On a parasite found in persons suffering from enlargement of the spleen in India, second report - Number 11
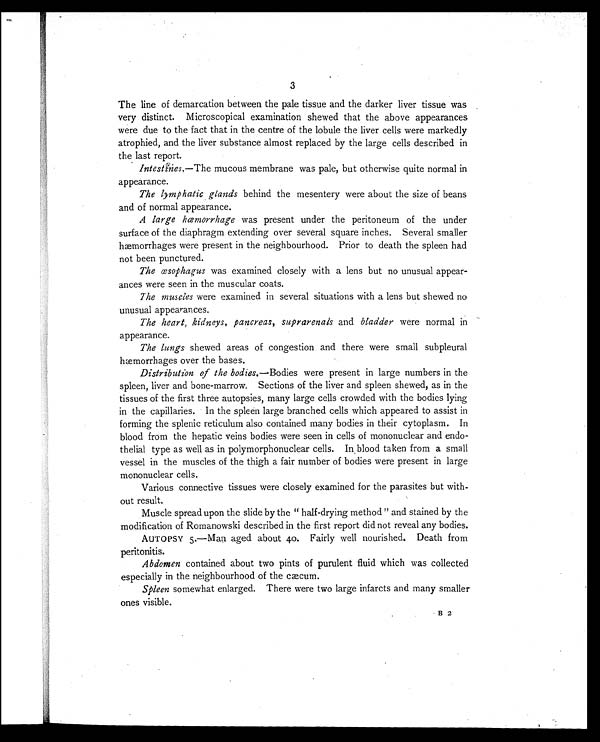
3
The line of demarcation between the pale tissue and the darker liver tissue was
very distinct. Microscopical examination shewed that the above appearances
were due to the fact that in the centre of the lobule the liver cells were markedly
atrophied, and the liver substance almost replaced by the large cells described in
the last report.
Intestines. —The mucous membrane was pale, but otherwise quite normal in
appearance.
The lymphatic glands behind the mesentery were about the size of beans
and of normal appearance.
A large hæmorrhage was present under the peritoneum of the under
surface of the diaphragm extending over several square inches. Several smaller
hæmorrhages were present in the neighbourhood. Prior to death the spleen had
not been punctured.
The œsophagus was examined closely with a lens but no unusual appear-
ances were seen in the muscular coats.
The muscles were examined in several situations with a lens but shewed no
unusual appearances.
The heart, kidneys, pancreas, suprezrenals and bladder were normal in
appearance.
The lungs shewed areas of congestion and there were small subpleural
hæmorrhages over the bases.
Distribution of the bodies. —Bodies were present in large numbers in the
spleen, liver and bone-marrow. Sections of the liver and spleen shewed, as in the
tissues of the first three autopsies, many large cells crowded with the bodies lying
in the capillaries. In the spleen large branched cells which appeared to assist in
forming the splenic reticulum also contained many bodies in their cytoplasm. In
blood from the hepatic veins bodies were seen in cells of mononuclear and endo-
thelial type as well as in polymorphonuclear cells. In blood taken from a small
vessel in the muscles of the thigh a fair number of bodies were present in large
mononuclear cells.
Various connective tissues were closely examined for the parasites but with-
out result.
Muscle spread upon the slide by the " half-drying method " and stained by the
modification of Romanowski described in the first report did not reveal any bodies.
AUTOPSY 5.—Man aged about 40. Fairly well nourished. Death from
peritonitis.
Abdomen contained about two pints of purulent fluid which was collected
especially in the neighbourhood of the cæcum.
Spleen somewhat enlarged. There were two large infarcts and many smaller
ones visible.
B 2